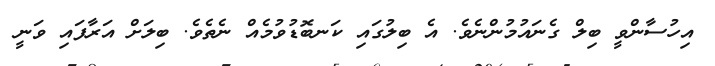
އިހުސާންވީ ބިލް ގެނައުމުންނެވެ. އެ ބިލުގައި ކަނބޮޑުވުމެއް ނެތެވެ. ބިލަށް އަރާފައި ވަނީ